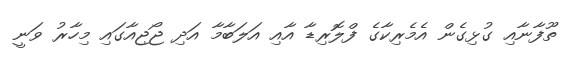
ތޫފާނާއި ގުޅިގެން އެމެރިކާގެ ފްލޮރިޑާ އާއި އަލަބާމާ އަދި ޖޯޖިއާގައި މިހާރު ވަނީ